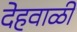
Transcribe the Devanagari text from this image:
देहवाळी